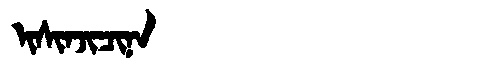
Manchu: ᡳᠰᡳᠨᠵᡳᠴᡳᠨᠠ
Romanization: ISINJICINA